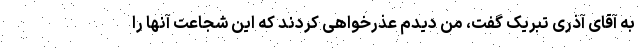
به آقای آذری تبریک گفت، من دیدم عذرخواهی کردند که این شجاعت آنها را